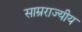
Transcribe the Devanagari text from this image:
साम्रराज्यीय